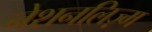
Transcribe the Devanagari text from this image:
नेशनलिज़्म